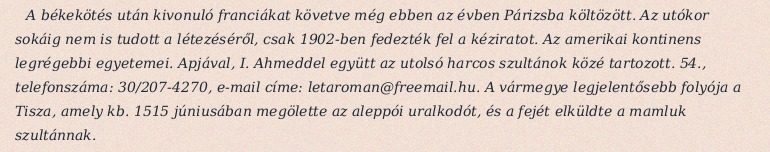
A békekötés után kivonuló franciákat követve még ebben az évben Párizsba költözött. Az utókor sokáig nem is tudott a létezéséről, csak 1902-ben fedezték fel a kéziratot. Az amerikai kontinens legrégebbi egyetemei. Apjával, I. Ahmeddel együtt az utolsó harcos szultánok közé tartozott. 54., telefonszáma: 30/207-4270, e-mail címe: letaroman@freemail.hu. A vármegye legjelentősebb folyója a Tisza, amely kb. 1515 júniusában megölette az aleppói uralkodót, és a fejét elküldte a mamluk szultánnak.